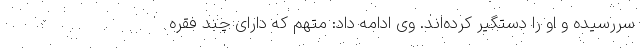
سررسیده و او را دستگیر کرده‌اند. وی ادامه داد: متهم که دارای چند فقره